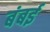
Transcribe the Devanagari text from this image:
बंबर्इ